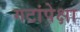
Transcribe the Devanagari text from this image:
गटांपेक्षा